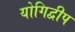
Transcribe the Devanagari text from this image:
योगिद्वीप